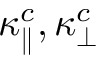
\kappa _ { \parallel } ^ { c } , \kappa _ { \perp } ^ { c }